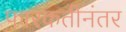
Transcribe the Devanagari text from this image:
फारकतीनंतर